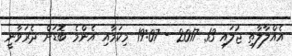
އެއްލާލާތި ޖުލައި 13